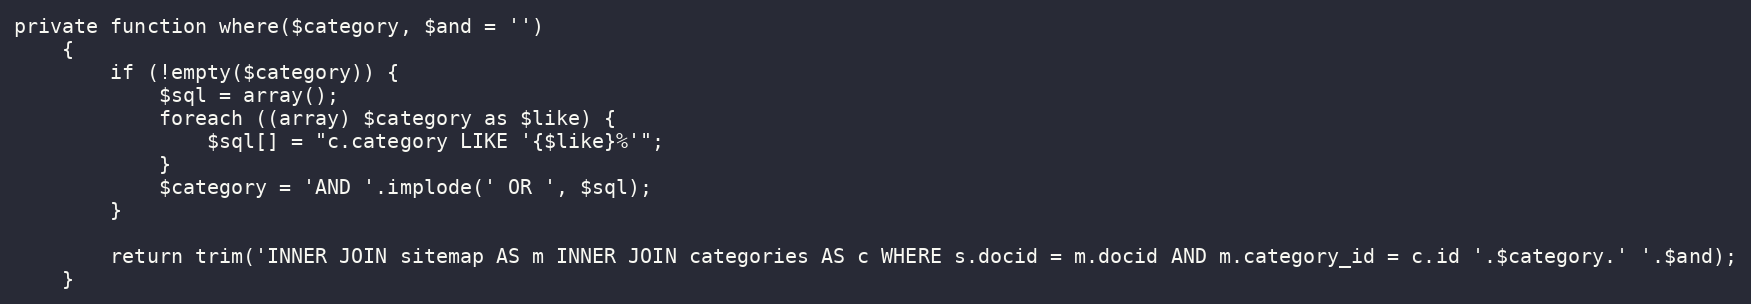
Language: PHP
private function where($category, $and = '')
    {
        if (!empty($category)) {
            $sql = array();
            foreach ((array) $category as $like) {
                $sql[] = "c.category LIKE '{$like}%'";
            }
            $category = 'AND '.implode(' OR ', $sql);
        }

        return trim('INNER JOIN sitemap AS m INNER JOIN categories AS c WHERE s.docid = m.docid AND m.category_id = c.id '.$category.' '.$and);
    }